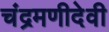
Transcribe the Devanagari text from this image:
चंद्रमणीदेवी